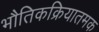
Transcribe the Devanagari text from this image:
भौतिकक्रियातमक